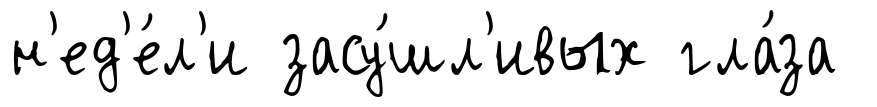
н'ед'е́л'и засу́шл'ивых гла́за